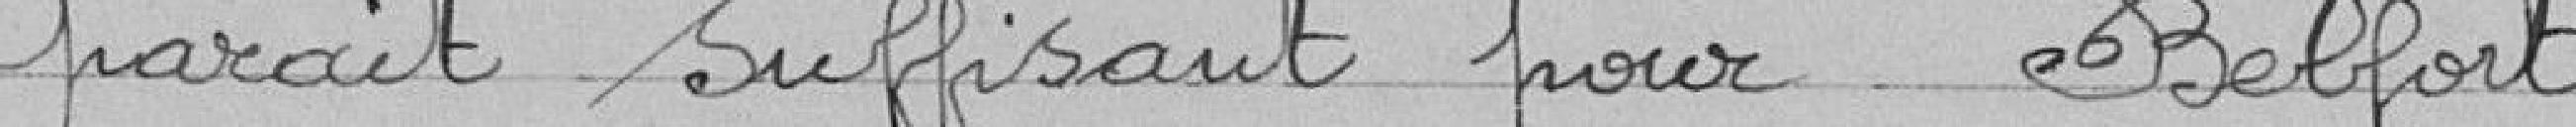
parait suffisant pour Belfort